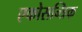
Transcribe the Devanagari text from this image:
एकोसन्त्रिक